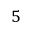
5